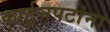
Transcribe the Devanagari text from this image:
कार्टूनपटांना